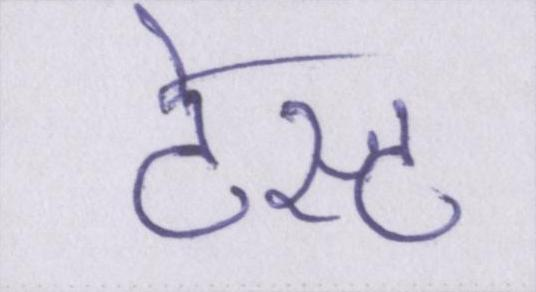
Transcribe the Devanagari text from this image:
टेस्ट